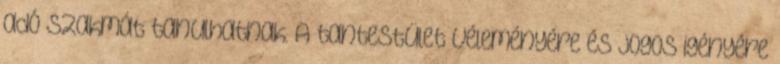
adó szakmát tanulhatnak. A tantestület véleményére és jogos igényére